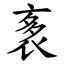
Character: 袲